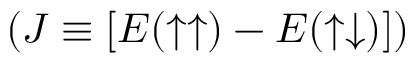
( J \equiv \left[ E ( \uparrow \uparrow ) - E ( \uparrow \downarrow ) \right] )